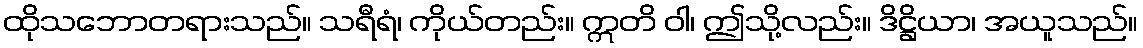
ထိုသဘောတရားသည်။ သရီရံ၊ ကိုယ်တည်း။ ဣတိ ဝါ၊ ဤသို့လည်း။ ဒိဋ္ဌိယာ၊ အယူသည်။